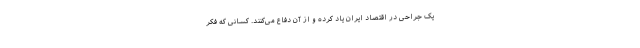
یک جراحی در اقتصاد ایران یاد کرده و از آن دفاع می‌کنند. کسانی که فکر